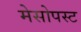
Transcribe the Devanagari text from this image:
मेसोपस्ट